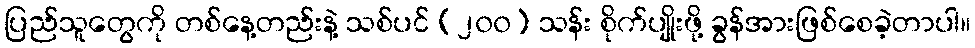
ပြည်သူတွေကို တစ်နေ့တည်းနဲ့ သစ်ပင် (၂၀၀) သန်း စိုက်ပျိုးဖို့ ခွန်အားဖြစ်စေခဲ့တာပါ။